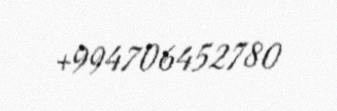
+994706452780